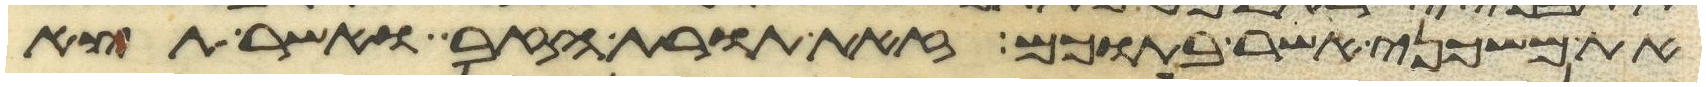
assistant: את משכני אשר בתוכם זאת תורת הזב ואשר תצא